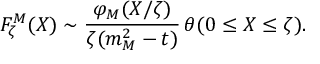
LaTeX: { \cal F } _ { \zeta } ^ { M } ( X ) \sim \frac { \varphi _ { M } ( X / \zeta ) } { \zeta ( m _ { M } ^ { 2 } - t ) } \, \theta ( 0 \leq X \leq \zeta ) .